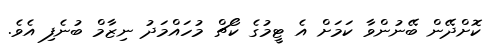
ކޮށްދޭން ބޭނުންވާ ކަމަށް އެ ޓީމުގެ ކޯޗް މުހައްމަދު ނިޒާމް ބުނެފި އެވެ.